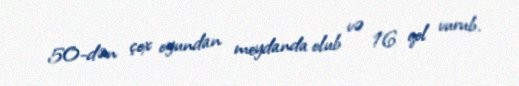
50-dən çox oyundan meydanda olub və 16 qol vurub.